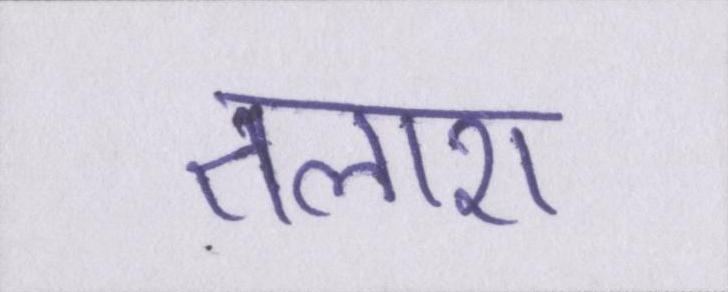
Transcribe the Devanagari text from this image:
तलाश